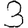
Digit: 3